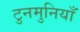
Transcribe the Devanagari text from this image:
टुनमुनियाँ